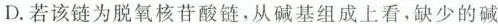
D.若该链为脱氧核苷酸链，从碱基组成上看，缺少的碱